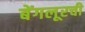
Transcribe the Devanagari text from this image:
बेंगलूरची